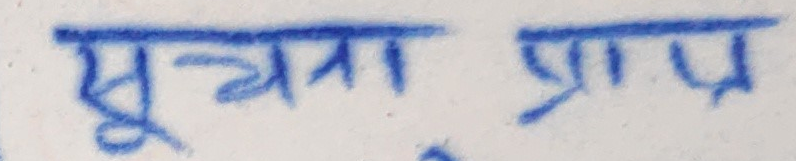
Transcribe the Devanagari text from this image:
सूचना प्राप्त